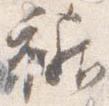
裾